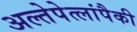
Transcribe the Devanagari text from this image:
अल्तेपेत्लांपैकी